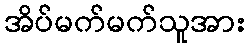
အိပ်မက်မက်သူအား